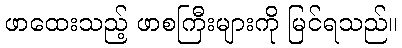
ဖာထေးသည့် ဖာစကြီးများကို မြင်ရသည်။